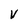
Character: V